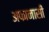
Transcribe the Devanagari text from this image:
अफानासी